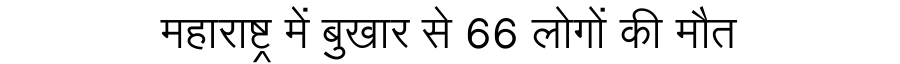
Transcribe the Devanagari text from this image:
महाराष्ट्र में बुखार से 66 लोगों की मौत